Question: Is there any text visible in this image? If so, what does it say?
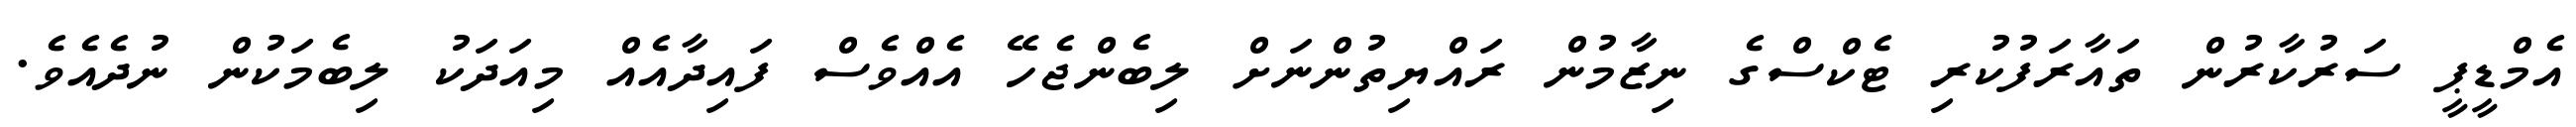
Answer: އެމްޑީޕީ ސަރުކާރުން ތައާރަފުކުރި ޓެކްސްގެ ނިޒާމުން ރައްޔިތުންނަށް ލިބެންޖެހޭ އެއްވެސް ފައިދާއެއް މިއަދަކު ލިބެމަކުން ނުދެއެވެ.